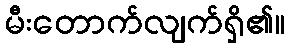
မီးတောက်လျက်ရှိ၏။